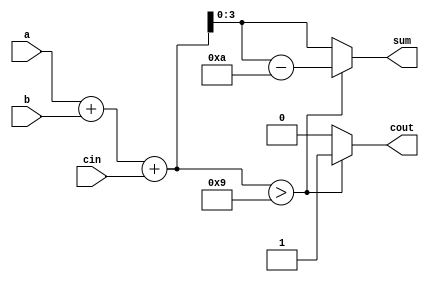
//todo BCD adder
//bcd 0-9 | 0000 - 1001
// assign 
// module  adder_bcd (
//     input wire [3:0] a,
//     input wire [3:0] b,
//     input wire cin,

//     output wire [3:0] sum,
//     output wire  cout
// );

// wire [4:0] sum_temp;
// assign sum_temp = a + b + cin;

// assign sum = (sum_temp > 9) ? sum_temp - 10 : sum_temp;
// assign cout = (sum_temp > 9) ? 1 : 0;
// endmodule

//
module adder_bcd (
    input wire [3:0] a,
    input wire [3:0] b,
    input wire cin,

    output reg [3:0] sum,
    output reg cout
);

reg [4:0] sum_temp;
always @(*) begin
    sum_temp  = a+b+cin;
    sum = (sum_temp > 9) ? sum_temp - 10 : sum_temp ;
    cout = (sum_temp > 9) ? 1 : 0;
end 


endmodule